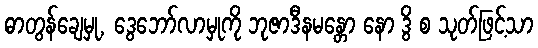
ဓာတွန်ချေမှု, ဒွေဘော်လာမှုကို ဘုဇာဒီနမန္တော နော ဒွိ စ သုတ်ဖြင့်သာ